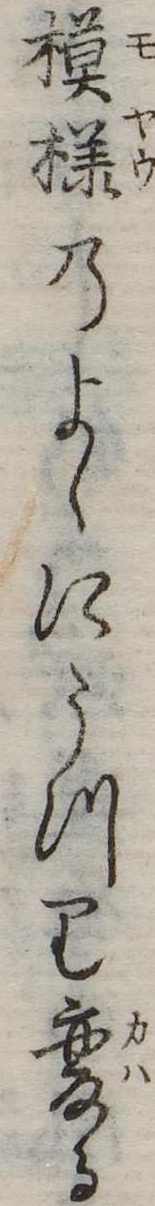
模様のよゝにうつり変る